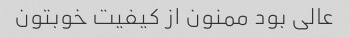
عالی بود ممنون از کیفیت خوبتون